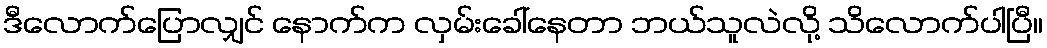
ဒီလောက်ပြောလျှင် နောက်က လှမ်းခေါ်နေတာ ဘယ်သူလဲလို့ သိလောက်ပါပြီ။